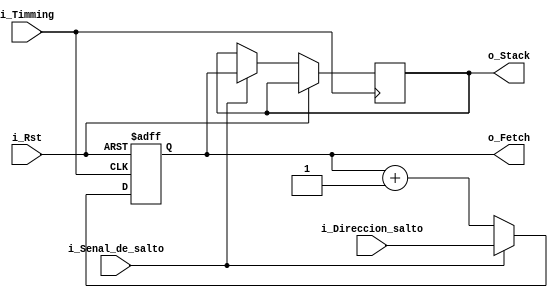
//Este componente permitira llevar la cuenta de la instruccin que se est
//ejecutando, se autoincreenta con cada ciclo de reloj y ejecuta saltos de
//instrucciones en caso de requerirlo.

 module PC(
    input i_Timming,
    input i_Rst,
    input i_Senal_de_salto,
    input [7:0] i_Direccion_salto,
    output[7:0] o_Stack,
    output[7:0] o_Fetch);
    
    // Se declaran los registros y las seales internas
    reg [7:0] cont=0;
    reg [7:0] stack=0;

    //Etapa de implemetacion
    always@(posedge i_Rst, posedge i_Timming)
    begin
        if (i_Rst) begin//El reset es asincrono
        cont <= 8'b00000000;
        end
        else begin
            if (i_Senal_de_salto==1)  begin
                stack<=cont;
                cont<=i_Direccion_salto;
            end
            else begin
                cont<=cont+1;
            end
        end
    end

    assign o_Fetch = cont;//Se pasa el valor del registro cont a o_Fetch
    assign o_Stack = stack;//Se pasa el valor del registro stack a o_Stack
endmodule